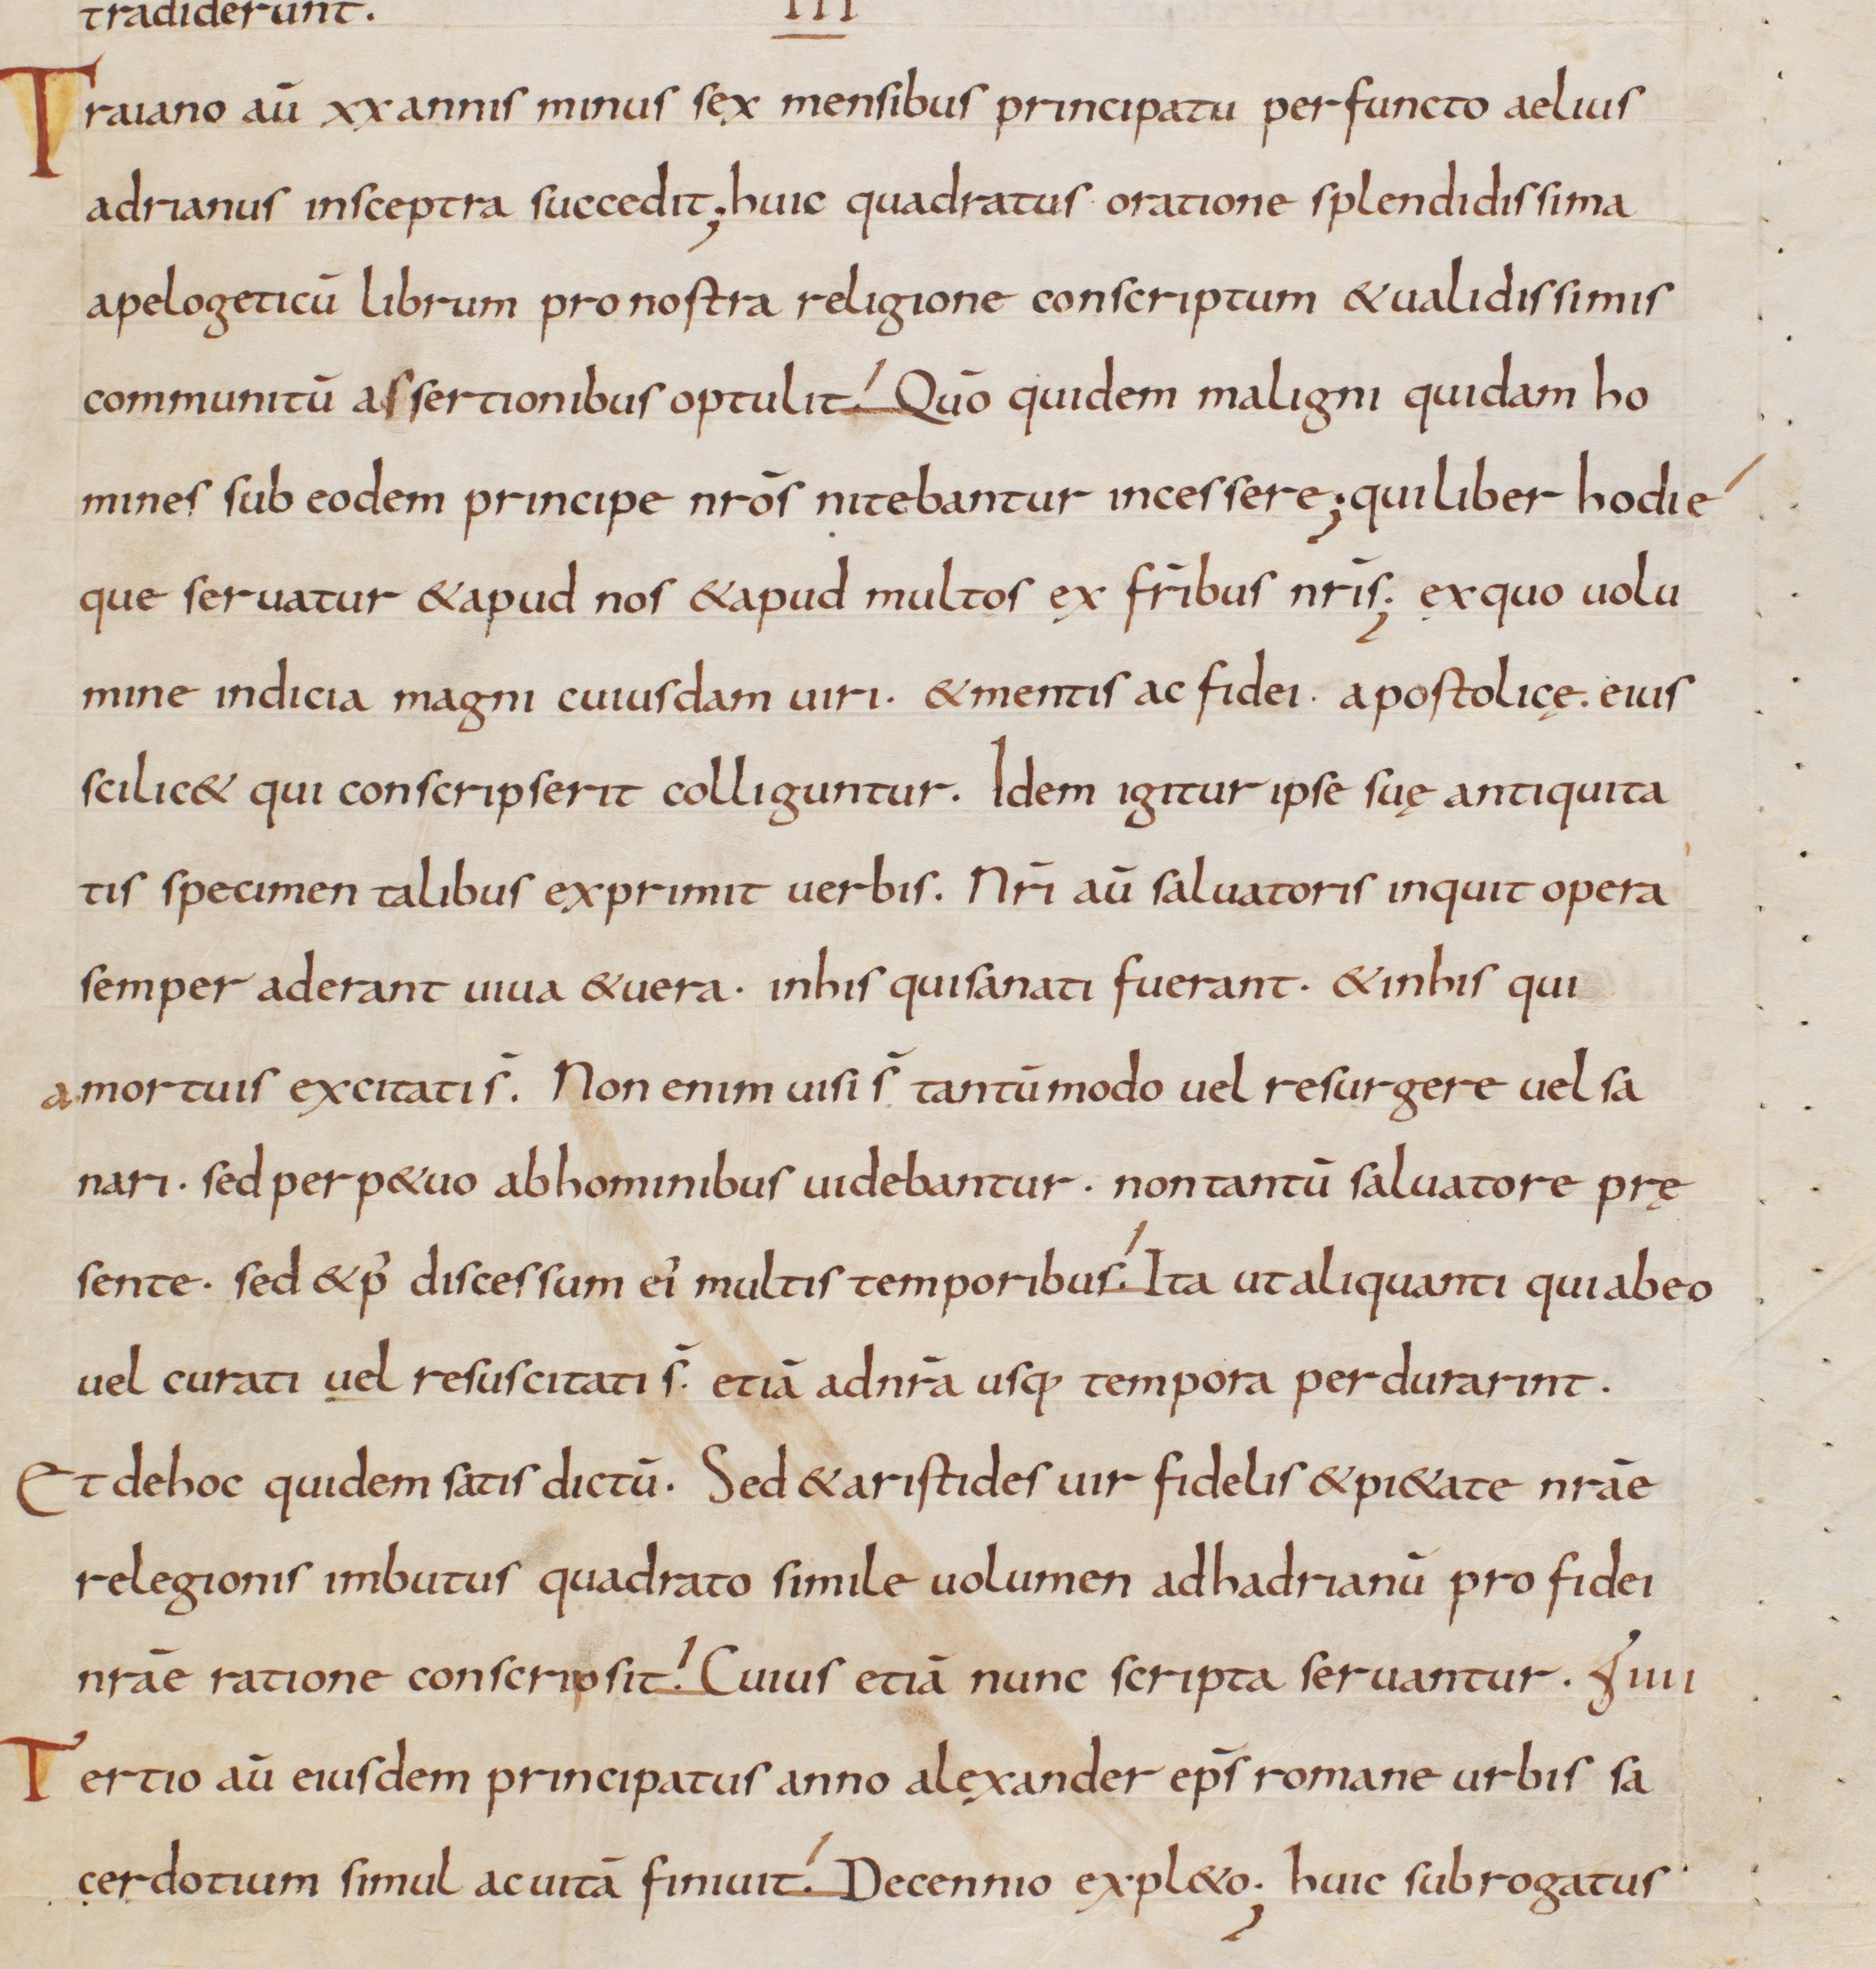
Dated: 833–865